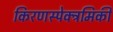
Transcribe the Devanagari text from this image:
किरणस्पेक्ट्रमिकी